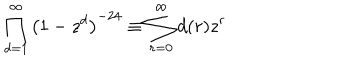
\prod _ { d = 1 } ^ { \infty } \left( 1 - z ^ { d } \right) ^ { - 2 4 } \equiv \sum _ { r = 0 } ^ { \infty } d ( r ) z ^ { r }